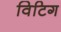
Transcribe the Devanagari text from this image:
विटिग